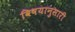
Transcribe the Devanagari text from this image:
विषयानुसारी